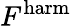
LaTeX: F^{\mathrm{harm}}